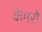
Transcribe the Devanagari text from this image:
केमरो